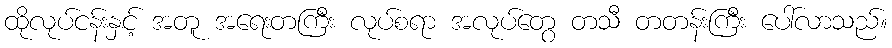
ထိုလုပ်ငန်းနှင့် အတူ အရေးတကြီး လုပ်စရာ အလုပ်တွေ တသီ တတန်းကြီး ပေါ်လာသည်။